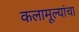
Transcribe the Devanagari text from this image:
कलामूल्यांचा